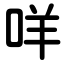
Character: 咩